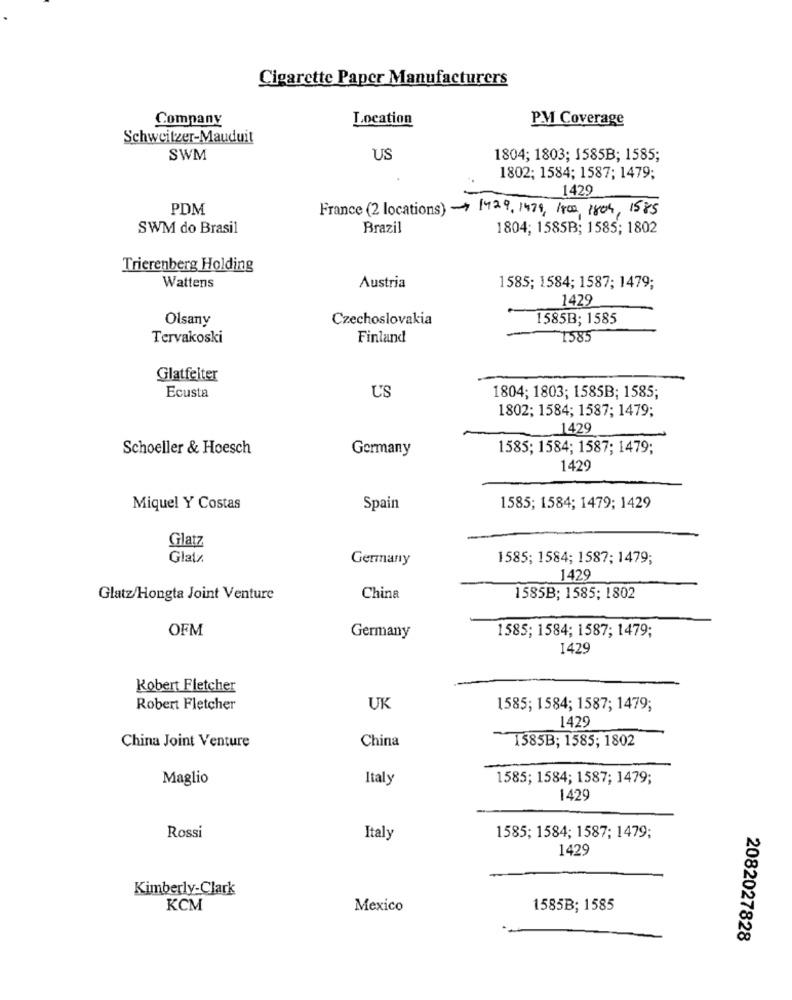
Cigarette Paper Manufacturers
Company
Location
PM Coverage
Schweitzer-Mauduit
SWM
US
1804; 1803; 1585B; 1585;
1802; 1584; 1587; 1479;
1429
PDM
France (2 locations) - 1429, 1479, 1800, 1804, 1585
SWM do Brasil
Brazil
1804; 1585B; 1585; 1802
Trierenberg Holding
Wattens
Austria
1585; 1584; 1587; 1479;
1429
Olsany
Czechoslovakia
1585B; 1585
Tervakoski
Finland
1585
Glatfelter
U'S
Ecusta
1804; 1803; 1585B; 1585;
1802; 1584; 1587; 1479;
1429
Schoeller & Hoesch
Germany
1585; 1584; 1587; 1479;
1429
Miquel Y Costas
Spain
1585; 1584; 1479; 1429
Glatz
Glatz
Germany
1585; 1584; 1587; 1479;
1429
Glatz/Hongta Joint Venture
China
1585B; 1585; 1802
OFM
1585; 1584; 1587; 1479;
Germany
1429
Robert Fletcher
Robert Fletcher
UK
1585; 1584; 1587; 1479;
1429
China
China Joint Venture
- T585B; 1585; 1802
Maglio
Italy
1585; 1584; 1587; 1479;
1429
Rossi
Italy
1585; 1584; 1587; 1479;
1429
Kimberly-Clark
KCM
Mexico
1585B; 1585
2082027828